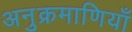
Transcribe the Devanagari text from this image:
अनुक्रमाणियाँ